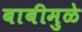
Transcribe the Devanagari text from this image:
बाबीमुळे